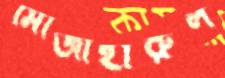
মোজাহারুল